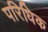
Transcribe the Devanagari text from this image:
परिधिक